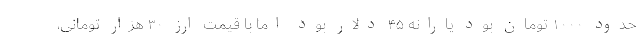
حدود ۱۰۰۰ تومان بود یارانه ۴۵ دلار بود اما با قیمت ارز ۳۰ هزار تومانی،